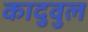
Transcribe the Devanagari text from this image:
कादुवुल